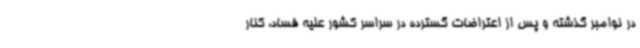
در نوامبر گذشته و پس از اعتراضات گسترده در سراسر کشور علیه فساد، کنار